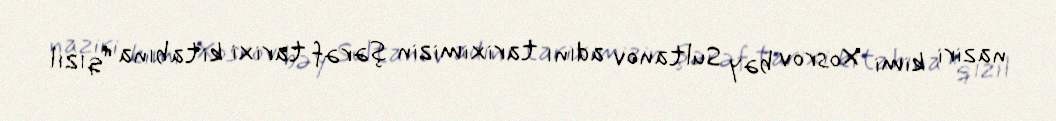
naziri kimi Xosrov bəy Sultanov adını tariximizin şərəf tarixi kitabına “qızıl